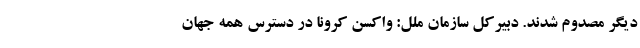
دیگر مصدوم شدند. دبیرکل سازمان ملل: واکسن کرونا در دسترس همه جهان